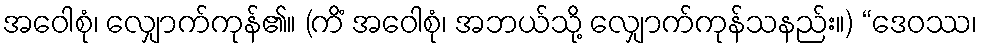
အဝေါစုံ၊ လျှောက်ကုန်၏။ (ကိံ အဝေါစုံ၊ အဘယ်သို့ လျှောက်ကုန်သနည်း။) “ဒေဝဿ၊